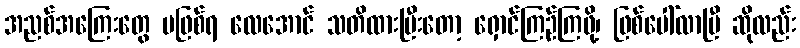
အညစ်အကြေးတွေ မဖြစ်ရ လေအောင် သတိထားပြီးတော့ ရှောင်ကြဉ်ကြဖို့၊ ဖြစ်ပေါ်လာပြီ ဆိုလည်း